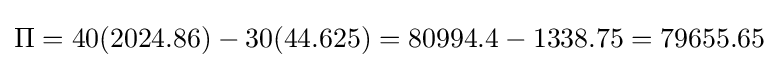
\Pi =40(2024.86)-30(44.625)=80994.4-1338.75=79655.65